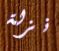
نزلة